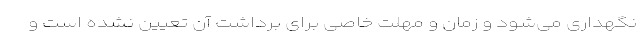
نگهداری می‌شود و زمان و مهلت خاصی برای برداشت آن تعیین نشده است و